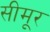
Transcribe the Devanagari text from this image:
सीमूर